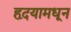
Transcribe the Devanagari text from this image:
हृदयामधून